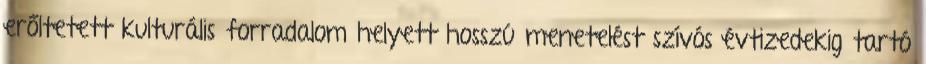
erőltetett kulturális forradalom helyett hosszú menetelést szívós évtizedekig tartó